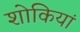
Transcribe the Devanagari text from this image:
शोकियां